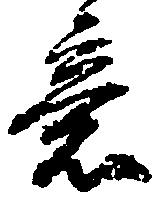
意